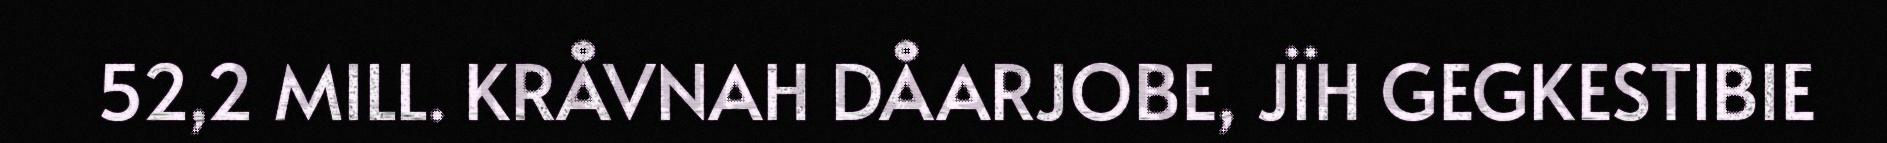
52,2 MILL. KRÅVNAH DÅARJOBE, JÏH GEGKESTIBIE